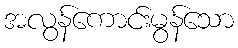
အလွန်ကောင်းမွန်သော